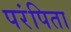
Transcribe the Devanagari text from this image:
परंपिता